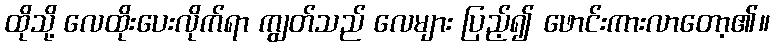
ထိုသို့ လေထိုးပေးလိုက်ရာ ကျွတ်သည် လေများ ပြည့်၍ ဖောင်းကားလာတော့၏။